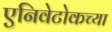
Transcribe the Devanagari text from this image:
एनिवेटोकच्या